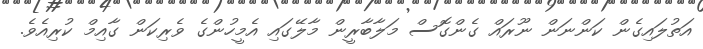
އަތުލައިގެން ކަންނަން ނޫރައް ގެންގޮސް މަލާބާރީން މާލޭގައި އެމީހުންގެ ވެރިކަން ގާއިމް ކުރިއެވެ.